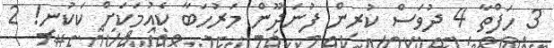
3 ހަފްތާ 4 ދުވަސް ކުރިން ފުނަދޫން މަރުހަބާ ކެއުމަކަށް ކަކުނި! 2